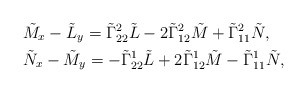
\begin{align*}& \tilde{M}_x-\tilde{L}_y=\tilde{\Gamma}^2_{22}\tilde{L}-2\tilde{\Gamma}^2_{12}\tilde{M}+\tilde{\Gamma}^2_{11}\tilde{N},\\& \tilde{N}_x-\tilde{M}_y=-\tilde{\Gamma}^1_{22}\tilde{L}+2\tilde{\Gamma}^1_{12}\tilde{M}-\tilde{\Gamma}^1_{11}\tilde{N},\end{align*}